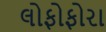
લોફોફોરા